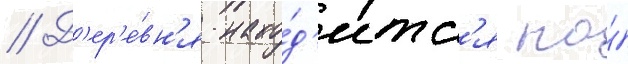
// Д'ер'е́вн'я нахо́д'итс'я на́